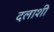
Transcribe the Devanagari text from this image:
दलाशी